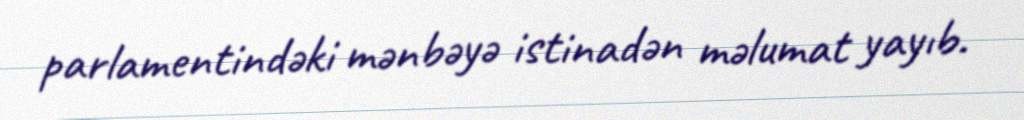
parlamentindəki mənbəyə istinadən məlumat yayıb.